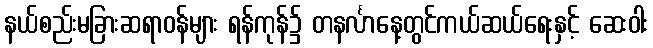
နယ်စည်းမခြားဆရာဝန်များ ရန်ကုန်၌ တနင်္လာနေ့တွင်ကယ်ဆယ်ရေးနှင့် ဆေးဝါး